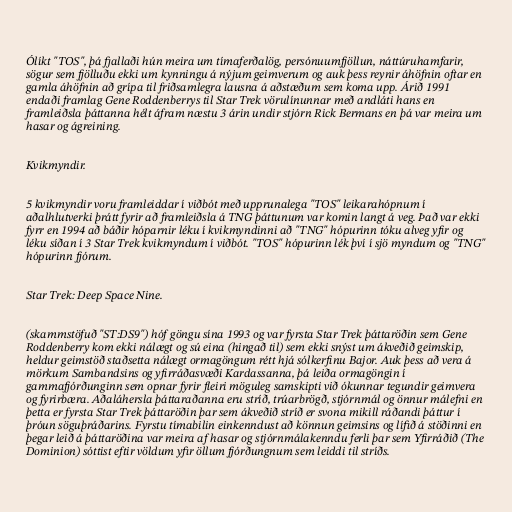
Ólíkt "TOS", þá fjallaði hún meira um tímaferðalög, persónuumfjöllun, náttúruhamfarir,
sögur sem fjölluðu ekki um kynningu á nýjum geimverum og auk þess reynir áhöfnin oftar en
gamla áhöfnin að grípa til friðsamlegra lausna á aðstæðum sem koma upp. Árið 1991
endaði framlag Gene Roddenberrys til Star Trek vörulínunnar með andláti hans en
framleiðsla þáttanna hélt áfram næstu 3 árin undir stjórn Rick Bermans en þá var meira um
hasar og ágreining.

Kvikmyndir.

5 kvikmyndir voru framleiddar í viðbót með upprunalega "TOS" leikarahópnum í
aðalhlutverki þrátt fyrir að framleiðsla á TNG þáttunum var komin langt á veg. Það var ekki
fyrr en 1994 að báðir hóparnir léku í kvikmyndinni að "TNG" hópurinn tóku alveg yfir og
léku síðan í 3 Star Trek kvikmyndum í viðbót. "TOS" hópurinn lék því í sjö myndum og "TNG"
hópurinn fjórum.

Star Trek: Deep Space Nine.

(skammstöfuð "ST:DS9") hóf göngu sína 1993 og var fyrsta Star Trek þáttaröðin sem Gene
Roddenberry kom ekki nálægt og sú eina (hingað til) sem ekki snýst um ákveðið geimskip,
heldur geimstöð staðsetta nálægt ormagöngum rétt hjá sólkerfinu Bajor. Auk þess að vera á
mörkum Sambandsins og yfirráðasvæði Kardassanna, þá leiða ormagöngin í
gammafjórðunginn sem opnar fyrir fleiri möguleg samskipti við ókunnar tegundir geimvera
og fyrirbæra. Aðaláhersla þáttaraðanna eru stríð, trúarbrögð, stjórnmál og önnur málefni en
þetta er fyrsta Star Trek þáttaröðin þar sem ákveðið stríð er svona mikill ráðandi þáttur í
þróun söguþráðarins. Fyrstu tímabilin einkenndust að könnun geimsins og lífið á stöðinni en
þegar leið á þáttaröðina var meira af hasar og stjórnmálakenndu ferli þar sem Yfirráðið (The
Dominion) sóttist eftir völdum yfir öllum fjórðungnum sem leiddi til stríðs.